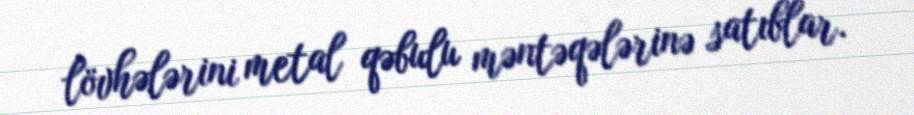
lövhələrini metal qəbulu məntəqələrinə satıblar.